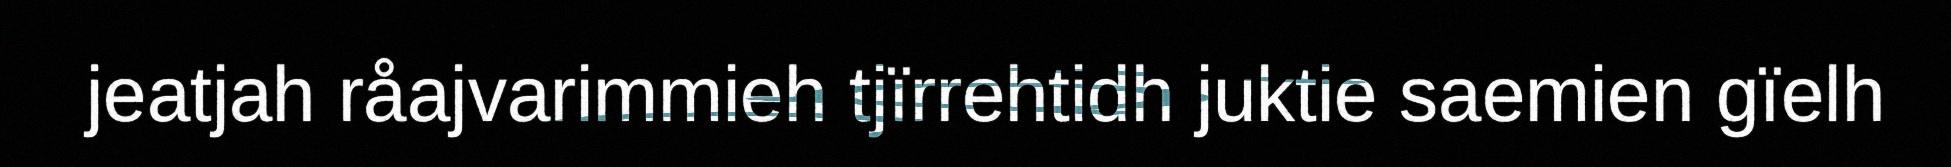
jeatjah råajvarimmieh tjïrrehtidh juktie saemien gïelh